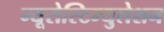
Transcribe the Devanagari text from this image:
न्यूरोस्टिम्युलेशन